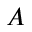
\boldsymbol { A }